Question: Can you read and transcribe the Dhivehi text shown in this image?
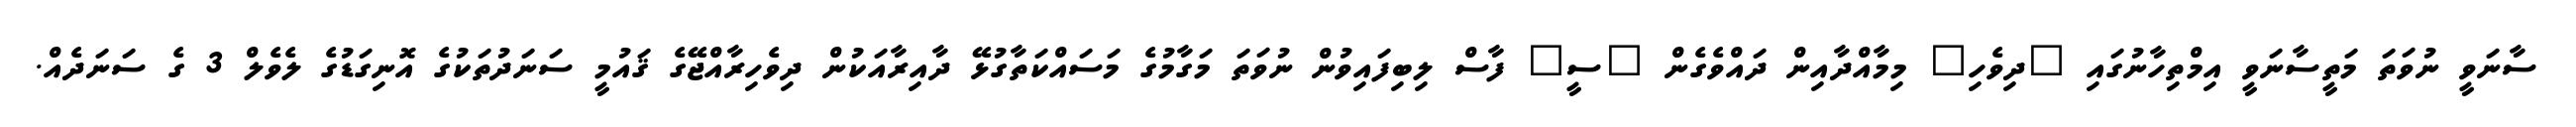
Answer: ސާނަވީ ނުވަތަ މަތީސާނަވީ އިމްތިހާނުގައި "ދިވެހި" މިމާއްދާއިން ދައްވެގެން "ސީ" ފާސް ލިބިފައިވުން ނުވަތަ މަގާމުގެ މަސައްކަތާގުޅޭ ދާއިރާއަކުން ދިވެހިރާއްޖޭގެ ޤައުމީ ސަނަދުތަކުގެ އޮނިގަޑުގެ ލެވެލް 3 ގެ ސަނަދެއް.